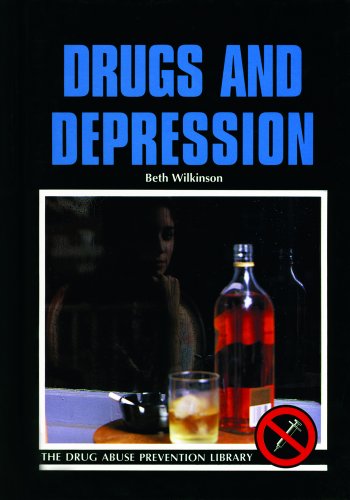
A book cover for Drugs and Depression (Drug Abuse Prevention Library); Beth Wilkinson; Teen & Young Adult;